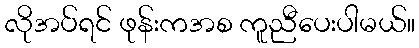
လိုအပ်ရင် ဖုန်းကအစ ကူညီပေးပါမယ်။